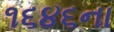
૧૬૪૬ના